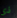
ذى